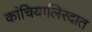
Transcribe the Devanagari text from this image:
कांचियालिरदात